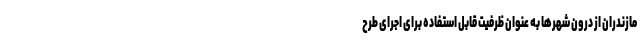
مازندران از درون شهرها به عنوان ظرفیت قابل استفاده برای اجرای طرح